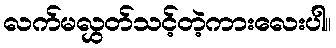
လက်မလွှတ်သင့်တဲ့ကားလေးပါ။